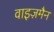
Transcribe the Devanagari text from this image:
वाइज़मैन